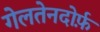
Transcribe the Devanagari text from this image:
गेलतेनदोर्फ़